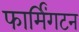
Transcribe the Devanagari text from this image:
फार्मिंगटन